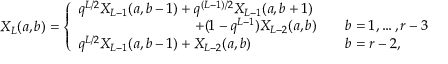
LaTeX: X _ { L } ( a , b ) = \left\{ \begin{array} { l l } { { q ^ { L / 2 } X _ { L - 1 } ( a , b - 1 ) + q ^ { ( L - 1 ) / 2 } X _ { L - 1 } ( a , b + 1 ) } } & { { } } \\ { { \qquad \qquad \qquad \qquad \, + ( 1 - q ^ { L - 1 } ) X _ { L - 2 } ( a , b ) \quad } } & { { b = 1 , \ldots , r - 3 } } \\ { { q ^ { L / 2 } X _ { L - 1 } ( a , b - 1 ) + X _ { L - 2 } ( a , b ) } } & { { b = r - 2 , } } \end{array} \right.